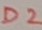
Text: D2